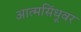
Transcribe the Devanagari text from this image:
आत्मसिंधूवर